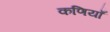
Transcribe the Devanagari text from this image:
कणियाँ